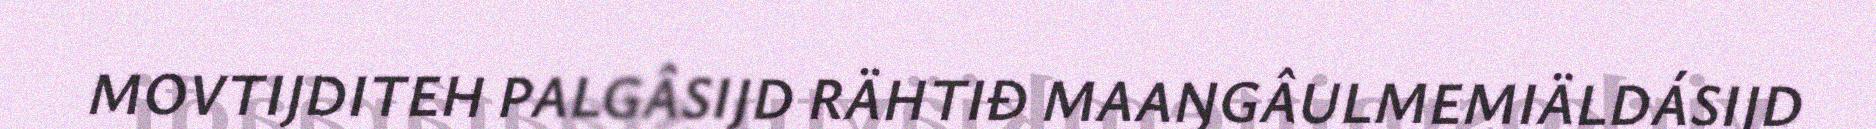
MOVTIJDITEH PALGÂSIJD RÄHTIĐ MAAŊGÂULMEMIÄLDÁSIJD